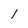
Character: l